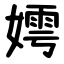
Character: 嫮